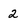
Character: 2